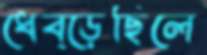
ধেব্‌ড়েছিলে